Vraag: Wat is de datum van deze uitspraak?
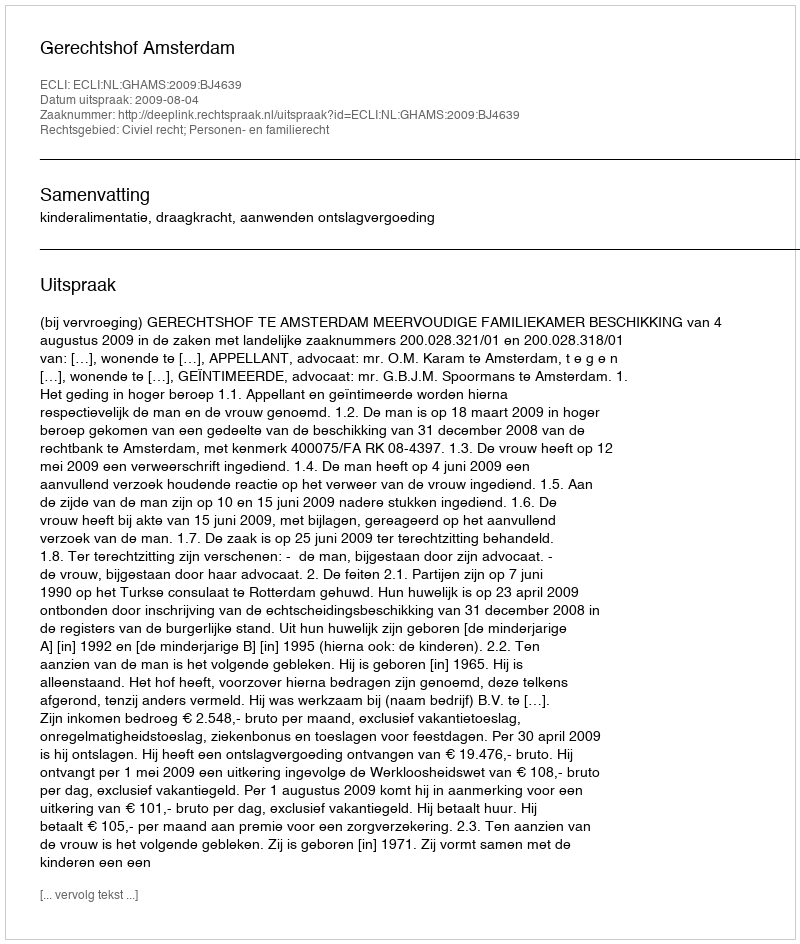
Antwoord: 2009-08-04